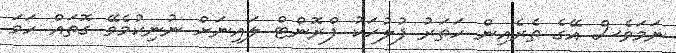
ނަމަވެސް އޭގެ ތެރެއިން ހަތަރު ފުލުހަކު ފްރޮންޓް ލައިނަށް ނުނިކުމެވޭ ގޮތައް ހަމަ